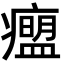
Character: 𬏾